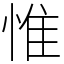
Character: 惟